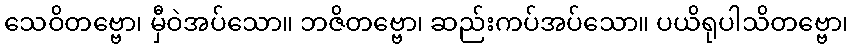
သေဝိတဗ္ဗော၊ မှီဝဲအပ်သော။ ဘဇိတဗ္ဗော၊ ဆည်းကပ်အပ်သော။ ပယိရုပါသိတဗ္ဗော၊